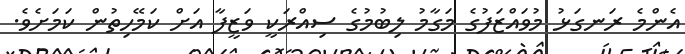
އެންމެ ރަނގަޅު މުވައްޒަފުގެ މަގާމު ލިބުމުގެ ސިއްރަކީ ވަޒީފާ އަށް ކަމޭހިތުން ކަމަށެވެ.